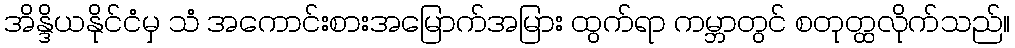
အိန္ဒိယနိုင်ငံမှ သံ အကောင်းစားအမြောက်အမြား ထွက်ရာ ကမ္ဘာတွင် စတုတ္ထလိုက်သည်။